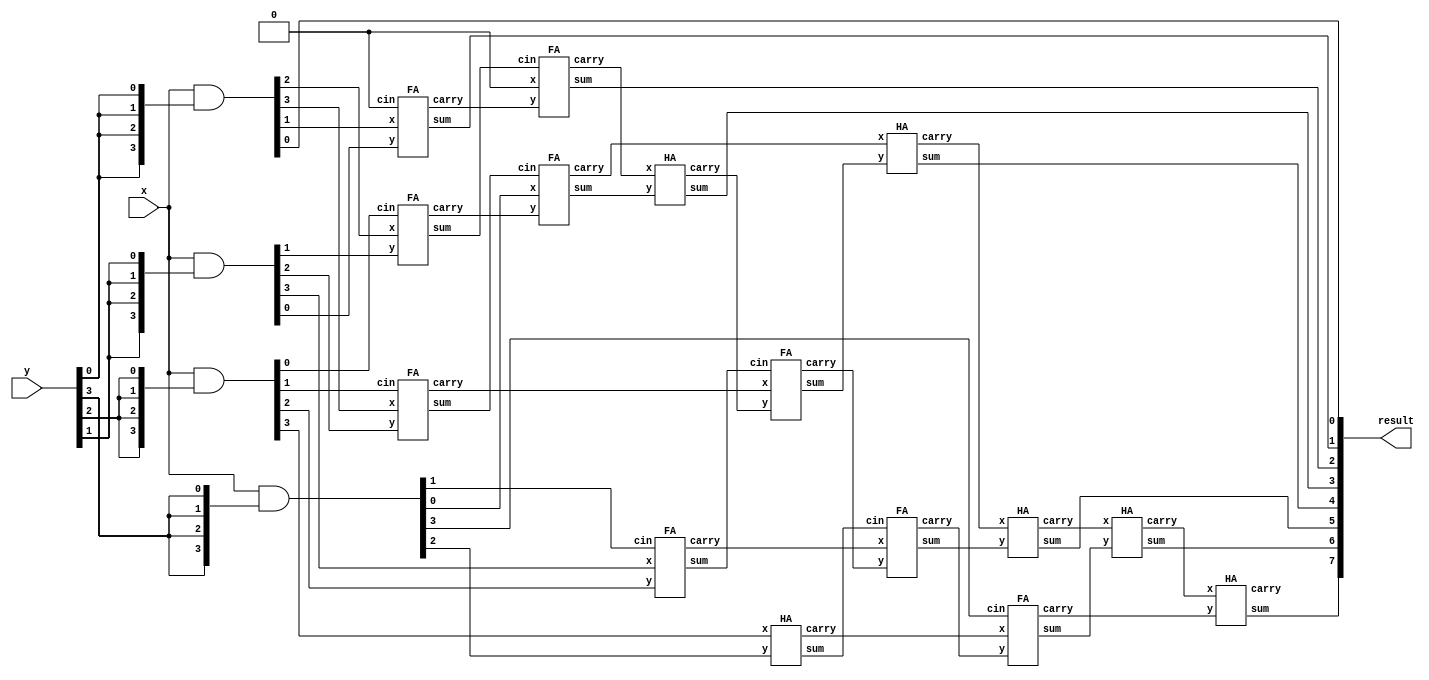
module wallace(input [3:0] x, input [3:0] y, output [7:0] result);

    wire sum11, sum12, sum13, sum14, sum15, sum22, sum23, sum24, sum25, sum26, sum32, sum33, sum34, sum35, sum36, sum37;
    wire carry11, carry12, carry13, carry14, carry15, carry22, carry23, carry24, carry25, carry26, carry32, carry33, carry34, carry35, carry36, carry37;
    wire [6:0] prod0, prod1, prod2, prod3;

    assign  prod3 = x & {4{y[3]}};
    assign  prod2 = x & {4{y[2]}};
    assign  prod1 = x & {4{y[1]}};
    assign  prod0 = x & {4{y[0]}};
    assign result[0] = prod0[0];
    assign result[1] = sum11;
    assign result[2] = sum22;
    assign result[3] = sum32;
    assign result[4] = sum34;
    assign result[5] = sum35;
    assign result[6] = sum36;
    assign result[7] = sum37;

    FA ha11 (prod0[1], prod1[0], 1'b0 ,  sum11, carry11);
    FA fa12 (prod0[2], prod1[1], prod2[0], sum12, carry12);
    FA fa13 (prod0[3], prod1[2], prod2[1], sum13, carry13);
    FA fa14 (prod1[3], prod2[2], prod3[1], sum14, carry14);
    HA ha15 (prod2[3], prod3[2], sum15, carry15);
    FA ha22 (1'b0, carry11, sum12, sum22, carry22);
    FA fa23 (prod3[0], carry12, sum13, sum23, carry23);
    FA fa24 (carry13, carry32, sum14, sum24, carry24);
    FA fa25 (carry14, carry24, sum15, sum25, carry25);
    FA fa26 (carry15, carry25, prod3[3], sum26, carry26);
    HA ha32(carry22, sum23, sum32, carry32);
    HA ha34(carry23, sum24, sum34, carry34);
    HA ha35(carry34, sum25, sum35, carry35);
    HA ha36(carry35, sum26, sum36, carry36);
    HA ha37(carry36, carry26, sum37, carry37);
endmodule

module HA(input x,  input y,  output sum,  output carry);
    assign sum = x ^ y;
    assign carry = x & y;
endmodule

module FA(input x,  input y,  input cin,  output sum,  output carry);
    assign sum = x ^ y ^ cin;
    assign carry = (x & y) | (x & cin) | (y & cin);
endmodule